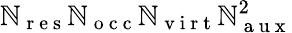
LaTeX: \mathbb{N}_{\mathrm{{~r~e~s~}}}\mathbb{N}_{\mathrm{{~o~c~c~}}}\mathbb{N}_{\mathrm{{~v~i~r~t~}}}\mathbb{N}_{\mathrm{{~a~u~x~}}}^{2}